Report of the Imperial Institute of Veterinary Research, Muktesar
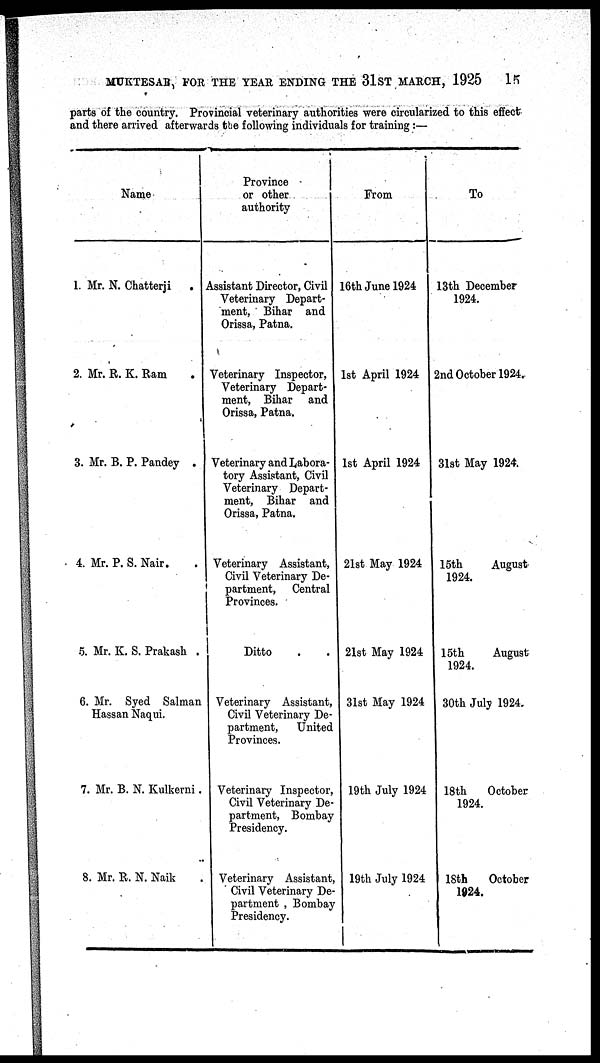
MUKTESAR, FOR THE YEAR ENDING THE 31ST MARCH, 1925 15
parts of the country. Provincial veterinary authorities were circularized to this effect
and there arrived afterwards the following individuals for training :—
Name
1. Mr. N. Chatterji .
2. Mr. R. K. Ram .
3. Mr. B. P. Pandey .
4. Mr. P. S. Nair. .
5. Mr. K. S. Prakash .
6. Mr. Syed Salman
Hassan Naqui.
7. Mr. B. N. Kulkerni .
8. Mr. R. N. Naik .
Province
or other
authority
Assistant Director, Civil
Veterinary Depart-
ment, Bihar and
Orissa, Patna.
Veterinary Inspector,
Veterinary Depart-
ment, Bihar and
Orissa, Patna.
Veterinary and Labora-
tory Assistant, Civil
Veterinary Depart-
ment, Bihar and
Orissa, Patna.
Veterinary Assistant,
Civil Veterinary De-
partment, Central
Provinces.
Ditto . .
Veterinary Assistant,
Civil Veterinary De-
partment,
United
Provinces.
Veterinary Inspector,
Civil Veterinary De-
partment, Bombay
Presidency.
Veterinary Assistant,
Civil Veterinary De-
partment , Bombay
Presidency.
From
16th June 1924
1st April 1924
1st April 1924
21st May 1924
21st May 1924
31st May 1924
19th July 1924
19th July 1924
To
13th December
1924.
2nd October 1924.
31st May 1924.
15th
August
1924.
15th
August
1924.
30th July 1924.
18th
October
1924.
18th
October
1924.